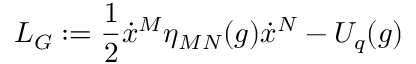
L _ { G } : = \frac { 1 } { 2 } \dot { x } ^ { M } \eta _ { M N } ( g ) \dot { x } ^ { N } - U _ { q } ( g )